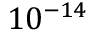
1 0 ^ { - 1 4 }